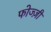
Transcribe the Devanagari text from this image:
फोज्ज़ी